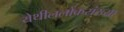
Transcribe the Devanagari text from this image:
येथीललोकसंख्या